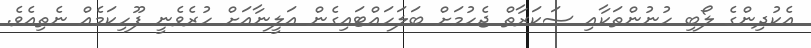
އެކުދިންގެ ލޯބި ހުނުންތަކާއި ސަކަރާތް ޖެހުމަށް ބަލަހައްޓައިގެން އަލީނާއަށް ހުރެވެނީ ފޫހިކަމެއް ނެތިއެވެ.